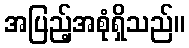
အပြည့်အစုံရှိသည်။